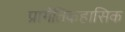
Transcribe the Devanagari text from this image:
प्रागैतिकहासिक